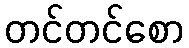
တင်တင်စော